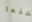
خذها